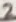
Text: 2